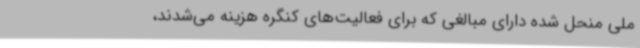
ملی منحل شده دارای مبالغی که برای فعالیت‌های کنگره هزینه می‌شدند،